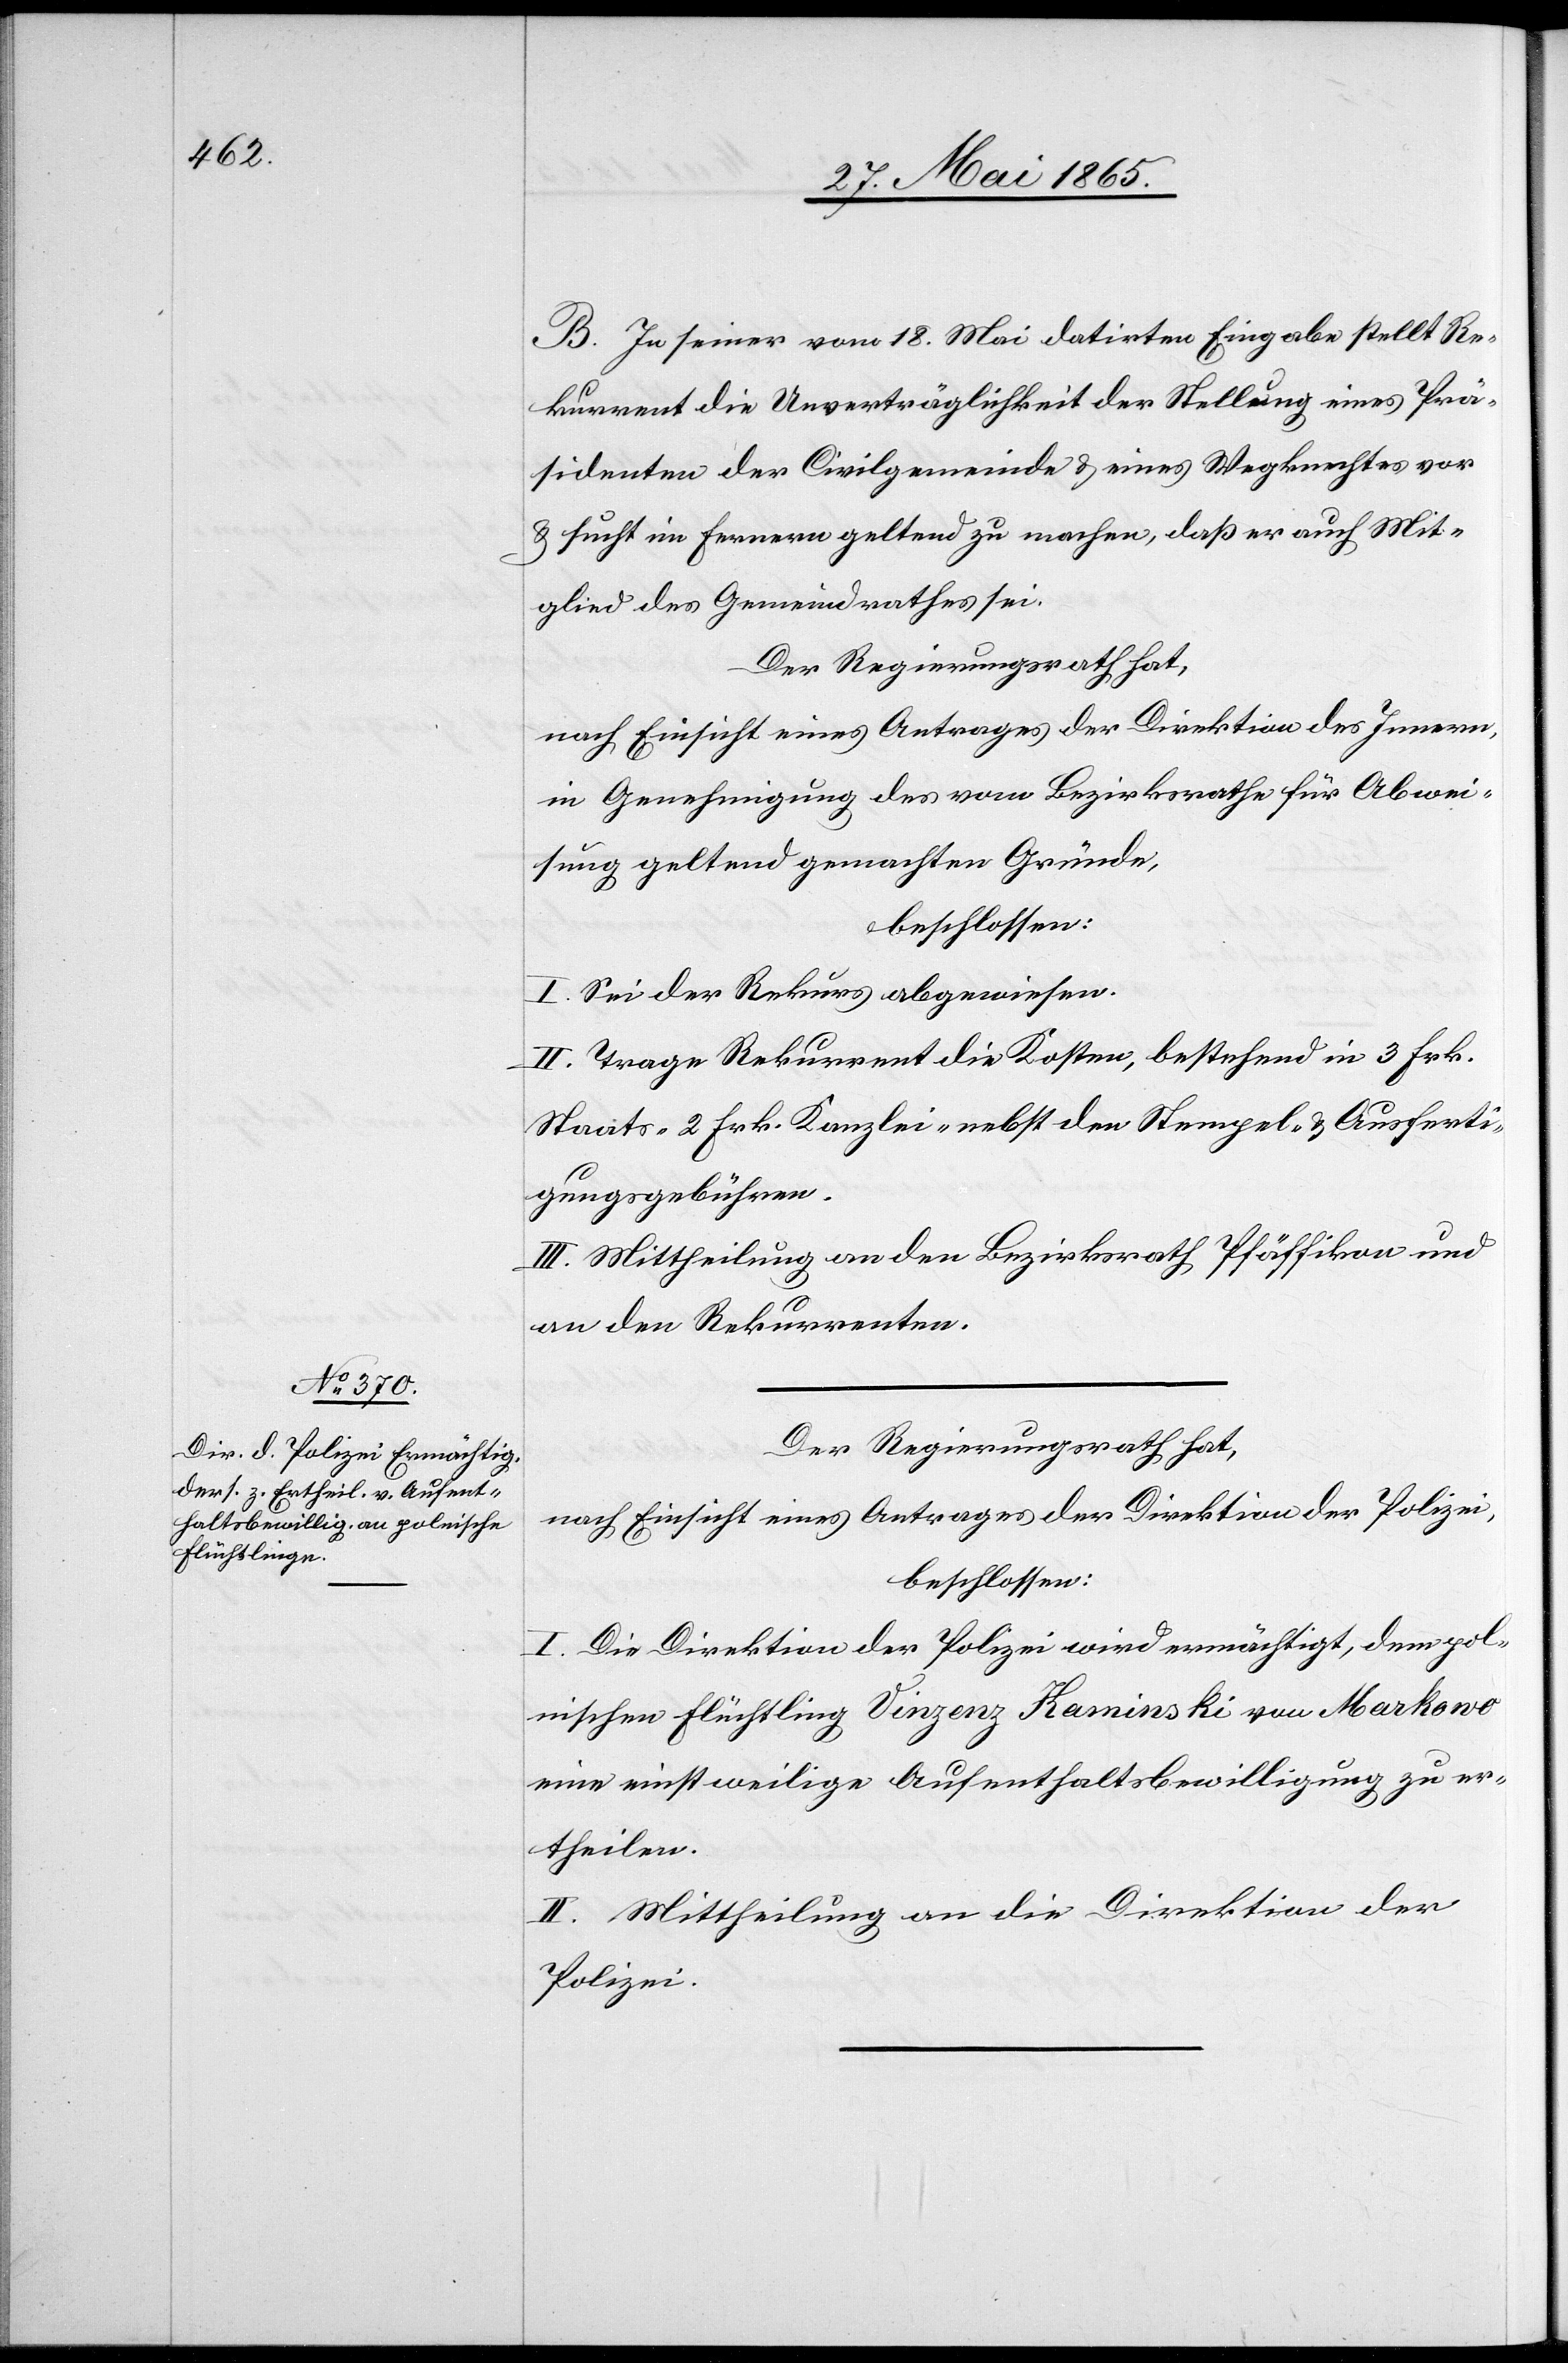
B. In seiner vom 18. Mai datirten Eingabe stellt Re¬
kurrent die Unverträglichkeit der Stellung eines Prä¬
sidenten der Civilgemeinde & eines Wegknechtes vor
& sucht im Fernern geltend zu machen, daß er auch Mit¬
glied des Gemeindrathes sei.
Der Regierungsrath hat,
nach Einsicht eines Antrages der Direktion des Innern,
in Genehmigung des vom Bezirksrathe für Abwei¬
sung geltend gemachten Gründe,
beschlossen:
I. Sei der Rekurs abgewiesen.
II. Trage Rekurrent die Kosten, bestehend in 3 Frk.
Staats-[,] 2 Frk. Kanzlei- nebst den Stempel- & Ausferti¬
gungsgebühren.
III. Mittheilung an den Bezirksrath Pfäffikon und
an den Rekurrenten.
Der Regierungsrath hat,
nach Einsicht eines Antrages der Direktion der Polizei,
beschlossen:
I. Die Direktion der Polizei wird ermächtigt, dem pol¬
nischen Flüchtling Vinzenz Kaminski von Markowo
eine einstweilige Aufenthaltsbewilligung zu er¬
theilen.
II. Mittheilung an die Direktion der
Polizei.